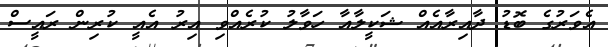
އެވަރުގެ ބޮޑު ދާއިރާއެއް ޝަކީލާއާ ހަވާލު ކުރެއްވި އިރު އެއީ ކުރިން ރައީސް